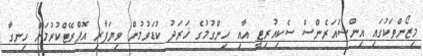
މިޒޯންތަކުގައި އިންޝުއަރެންސް ސެކިއުރިޓީ އާއި ހިންގުމުގެ ޚަރަދު ކުޑަވުމުން ވިޔަފާރި އޮޕްރޭޓްކުރުމަށް ހިނގާ